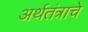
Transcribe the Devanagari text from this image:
अर्थतंत्राचे